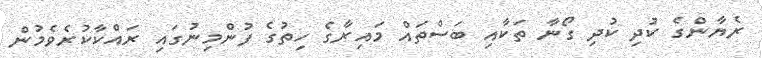
ރެޔާންގެ ކުދި ކުދި ގޯނާ ތަކާއި ބަސްތައް މައިރާގެ ހިތުގެ ފުންމިނުގައި ރައްކާކުރެވެމުން